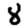
Digit: 8